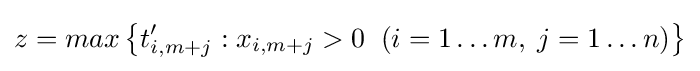
z=max\left\{t'_{i,m+j}:x_{i,m+j}>0\;\;(i=1\ldots m,\;j=1\ldots n)\right\}